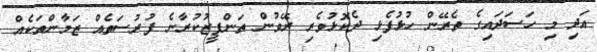
އަދި މި ހަސަދައިގެ ތެރޭން ހުޅުފެޅި ދެކޮޅުވެރި ރޭވުން ތަންފީޒުކުރާނެ ފުރުސަތެއް ޒަމާންތަކެއް